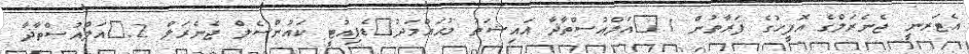
އެޓަރނީ ޖެނެރަލްގެ އޮފީހުގެ ފަރާތުން 1.	އަލްއުސްތާޛާ އައިޝަތު މުޙައްމަދު	ޑެޕިއުޓީ ކައުންސެލް ޖެނެރަލް 2.	އަލްއުސްތާޛާ